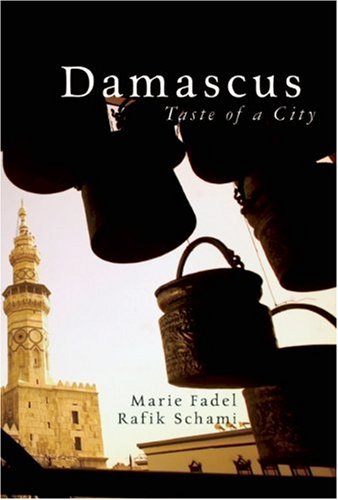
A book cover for Damascus: Taste Of A City (Haus Publishing - Armchair Traveller); Rafik Schami; Travel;